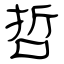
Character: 硩